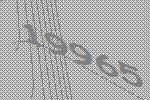
19965